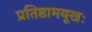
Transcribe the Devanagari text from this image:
प्रतिष्ठामयूखः